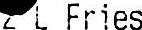
2 L FRIES